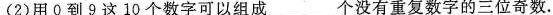
(2)用0到9这10个数字可以组成____个没有重复数字的三位奇数。